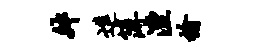
舛进簿湮榆